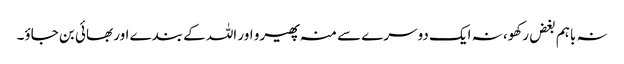
نہ باہم بغض رکھو، نہ ایک دوسرے سے منہ پھیرو اور اللہ کے بندے اور بھائی بن جاؤ۔